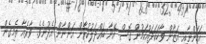
އަހަންނާއި އަޒާން ވާހަކަދައްކަމުން ގޮސް އޭނާ ބައްދަލުކުރާން އަންނާން އެދުނެވެ. ވާރެއާ ތެމިގެން